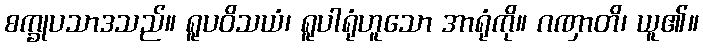
စက္ခုပသာဒသည်။ ရူပဝိသယံ၊ ရူပါရုံဟူသော အာရုံကို။ ဂဏှာတိ၊ ယူ၏။